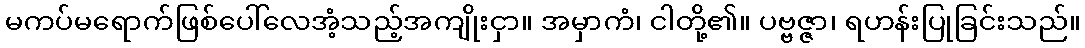
မကပ်မရောက်ဖြစ်ပေါ်လေအံ့သည့်အကျိုးငှာ။ အမှာကံ၊ ငါတို့၏။ ပဗ္ဗဇ္ဇာ၊ ရဟန်းပြုခြင်းသည်။